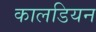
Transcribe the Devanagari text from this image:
कालडियन